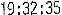
19:32:35